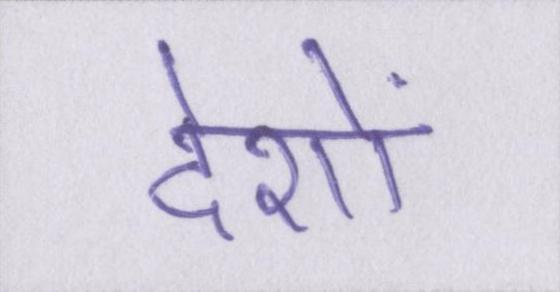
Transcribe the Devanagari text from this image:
देशों